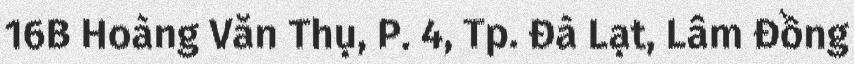
16B Hoàng Văn Thụ, P. 4, Tp. Đà Lạt, Lâm Đồng